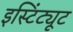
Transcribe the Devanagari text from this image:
इस्टिंट्यूट